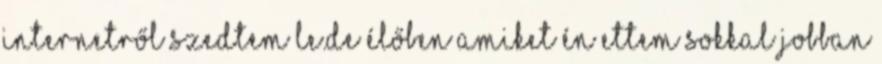
internetről szedtem le.De élőben amiket én ettem sokkal jobban